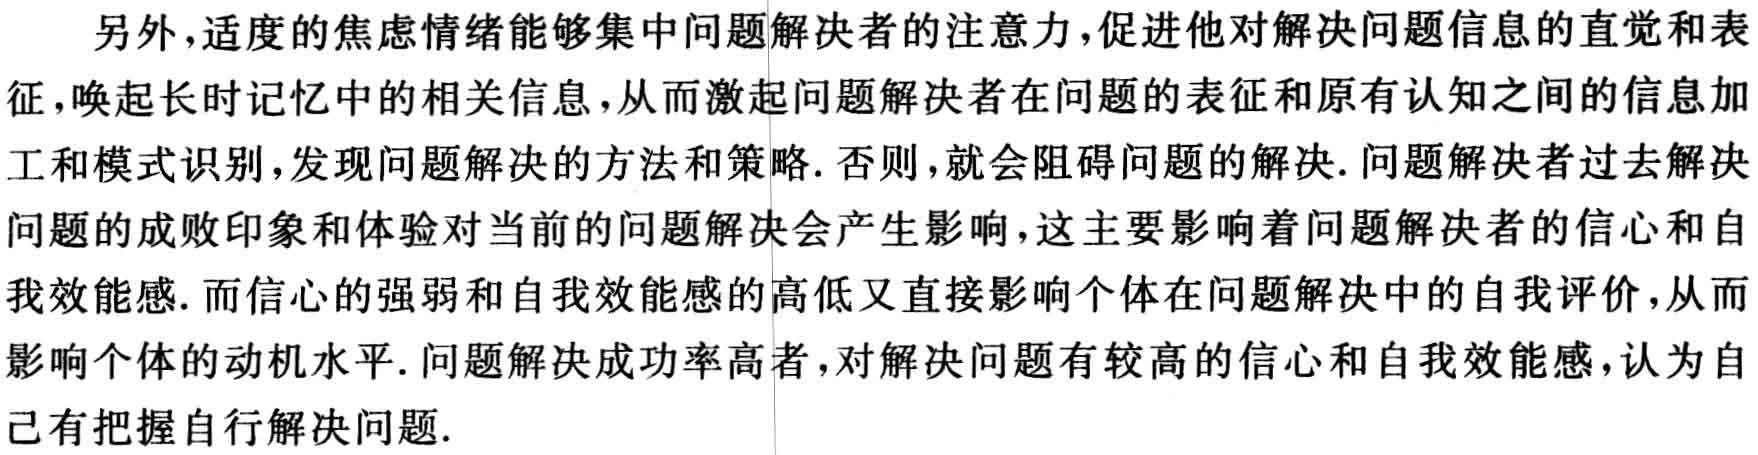
另外，适度的焦虑情绪能够集中问题解决者的注意力，促进他对解决问题信息的直觉和表征，唤起长时记忆中的相关信息，从而激起问题解决者在问题的表征和原有认知之间的信息加工和模式识别，发现问题解决的方法和策略. 否则，就会阻碍问题的解决. 问题解决者过去解决问题的成败印象和体验对当前的问题解决会产生影响，这主要影响着问题解决者的信心和自我效能感. 而信心的强弱和自我效能感的高低又直接影响个体在问题解决中的自我评价，从而影响个体的动机水平. 问题解决成功率高者，对解决问题有较高的信心和自我效能感，认为自己有把握自行解决问题.